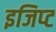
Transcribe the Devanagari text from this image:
इजिप्‍ट